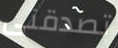
تصدقنى